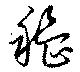
穭